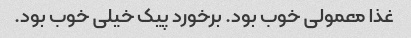
غذا معمولی خوب بود. برخورد پیک خیلی خوب بود.